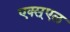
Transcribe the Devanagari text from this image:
एक्स्एल